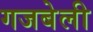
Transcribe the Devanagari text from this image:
गजबेली